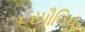
ટરપૌલિન